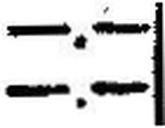
—.—